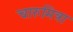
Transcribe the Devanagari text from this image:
चारुमित्रा